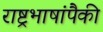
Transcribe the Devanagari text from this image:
राष्ट्रभाषांपैकी